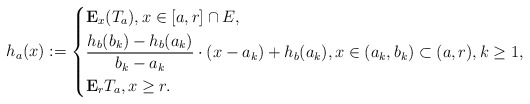
\begin{align*}h_a(x):=\left\lbrace\begin{aligned}&\mathbf{E}_x(T_a),x\in [a,r]\cap E, \\&\frac{h_{b}(b_k)-h_{b}(a_k)}{b_k-a_k}\cdot (x-a_k)+h_{b}(a_k),x\in (a_k,b_k)\subset (a,r), k\geq 1, \\&\mathbf{E}_rT_a,x\geq r. \end{aligned}\right.\end{align*}